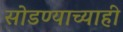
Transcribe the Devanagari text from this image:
सोडण्याच्याही